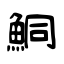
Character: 鮦